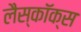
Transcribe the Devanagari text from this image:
लैस्कॉक्स